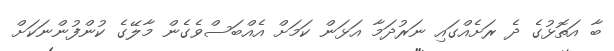
ބާ އަތޮޅުގެ ދެ ރަށެއްގައި ނަރުދަމާ އަޅަން ކަމަށް އެއްބަސްވެގެން މާލޭގެ ކުންފުންނަކަށް